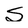
Character: S